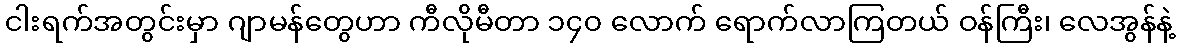
ငါးရက်အတွင်းမှာ ဂျာမန်တွေဟာ ကီလိုမီတာ ၁၄၀ လောက် ရောက်လာကြတယ် ဝန်ကြီး၊ လေအွန်နဲ့